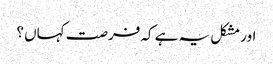
اور مشکل یہ ہے کہ فرصت کہاں ؟